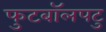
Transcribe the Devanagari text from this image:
फुटबॉलपटु